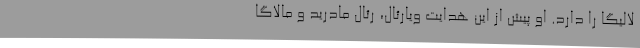
لالیگا را دارد. او پیش از این هدایت ویارئال، رئال مادرید و مالاگا